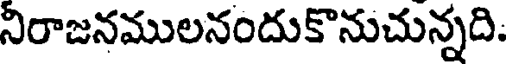
నిరాజనములనందుకొనుచున్నది.